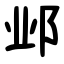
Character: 邺